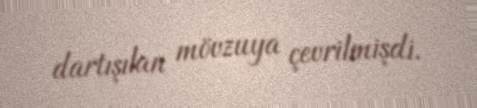
dartışılan mövzuya çevrilmişdi.